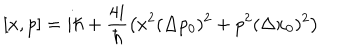
LaTeX: [ x , p ] = i \hbar + \frac { 4 i } { \hbar } \left( x ^ { 2 } ( \Delta p _ { 0 } ) ^ { 2 } + p ^ { 2 } ( \Delta x _ { 0 } ) ^ { 2 } \right)